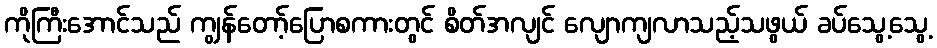
ကိုကြီးအောင်သည် ကျွန်တော့်ပြောစကားတွင် စိတ်အလျင် လျောကျလာသည့်သဖွယ် ခပ်သွေ့သွေ့